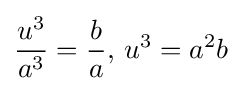
{\frac {u^{3}}{a^{3}}}={\frac {b}{a}},\,u^{3}=a^{2}b